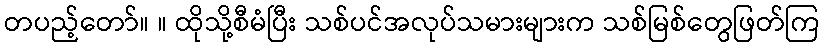
တပည့်တော်။ ။ ထိုသို့စီမံပြီး သစ်ပင်အလုပ်သမားများက သစ်မြစ်တွေဖြတ်ကြ